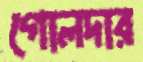
গোলদার